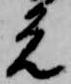
元